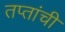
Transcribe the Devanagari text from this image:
तप्तांची